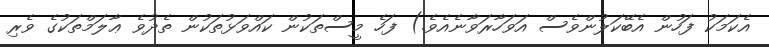
އެކަމަކު ފަހުން އެބޭކަލުންވެސް އަވަހާރަވާނެއެވެ.) ފަހެ މީސްތަކުން ކައްވަޅުތަކުން ތެދުވެ ޢާލަމްތަކުގެ ވެރި